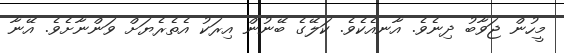
މީހުން ޖަވާބު ދިނެވެ. އާނއެކެވެ. ކަލޭގެ ބޭނުން އިރަކު އެތެރެޔަށް ވަންނާށެވެ. އޭނާ